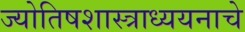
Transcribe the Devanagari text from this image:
ज्योतिषशास्त्राध्ययनाचे